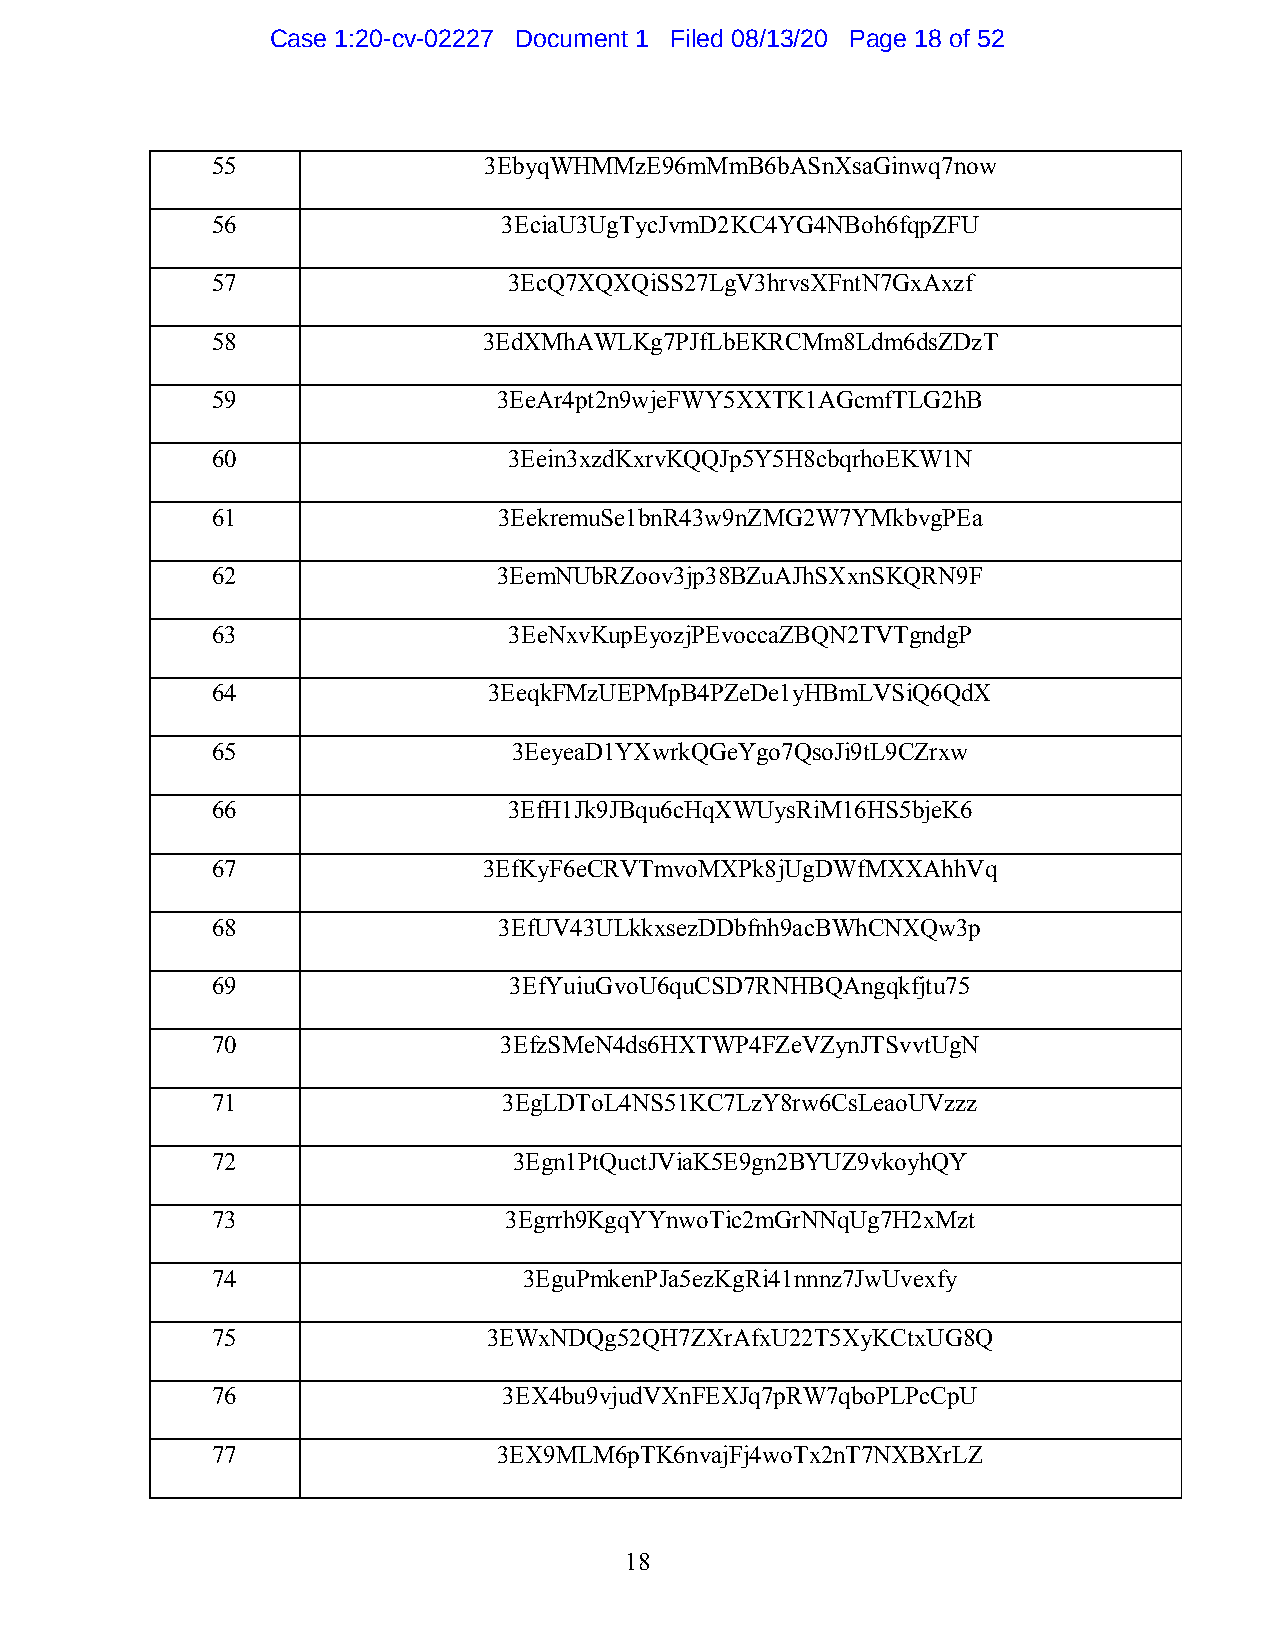
Case 1:20-cv-02227 Document 1 Filed 08/13/20 Page 18 of 52
 55                3EbyqWHMMzE96mMmB6bASnXsaGinwq7now
 56                 3EciaU3UgTycJvmD2KC4YG4NBoh6fqpZFU
 57                  3EcQ7XQXQiSS27LgV3hrvsXFntN7GxAxzf
 58                3EdXMhAWLKg7PJfLbEKRCMm8Ldm6dsZDzT
 59                 3EeAr4pt2n9wjeFWY5XXTK1AGcmfTLG2hB
 60                  3Eein3xzdKxrvKQQJp5Y5H8cbqrhoEKW1N
 61                 3EekremuSe1bnR43w9nZMG2W7YMkbvgPEa
 62                 3EemNUbRZoov3jp38BZuAJhSXxnSKQRN9F
 63                  3EeNxvKupEyozjPEvoccaZBQN2TVTgndgP
 64                3EeqkFMzUEPMpB4PZeDe1yHBmLVSiQ6QdX
 65                  3EeyeaD1YXwrkQGeYgo7QsoJi9tL9CZrxw
 66                  3EfH1Jk9JBqu6cHqXWUysRiM16HS5bjeK6
 67                3EfKyF6eCRVTmvoMXPk8jUgDWfMXXAhhVq
 68                 3EfUV43ULkkxsezDDbfnh9acBWhCNXQw3p
 69                  3EfYuiuGvoU6quCSD7RNHBQAngqkfjtu75
 70                 3EfzSMeN4ds6HXTWP4FZeVZynJTSvvtUgN
 71                 3EgLDToL4NS51KC7LzY8rw6CsLeaoUVzzz
 72                  3Egn1PtQuctJViaK5E9gn2BYUZ9vkoyhQY
 73                 3Egrrh9KgqYYnwoTic2mGrNNqUg7H2xMzt
 74                   3EguPmkenPJa5ezKgRi41nnnz7JwUvexfy
 75                3EWxNDQg52QH7ZXrAfxU22T5XyKCtxUG8Q
 76                 3EX4bu9vjudVXnFEXJq7pRW7qboPLPcCpU
 77                 3EX9MLM6pTK6nvajFj4woTx2nT7NXBXrLZ
 18